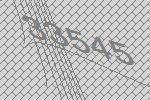
33545